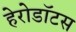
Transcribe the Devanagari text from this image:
हेरोडॉटस